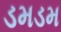
ડમડમ